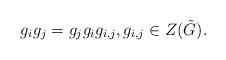
LaTeX: \begin{align*} g_ig_j=g_jg_ig_{i,j}, g_{i,j}\in Z(\tilde{G}).\end{align*}